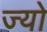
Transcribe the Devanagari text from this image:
ज्‍यो